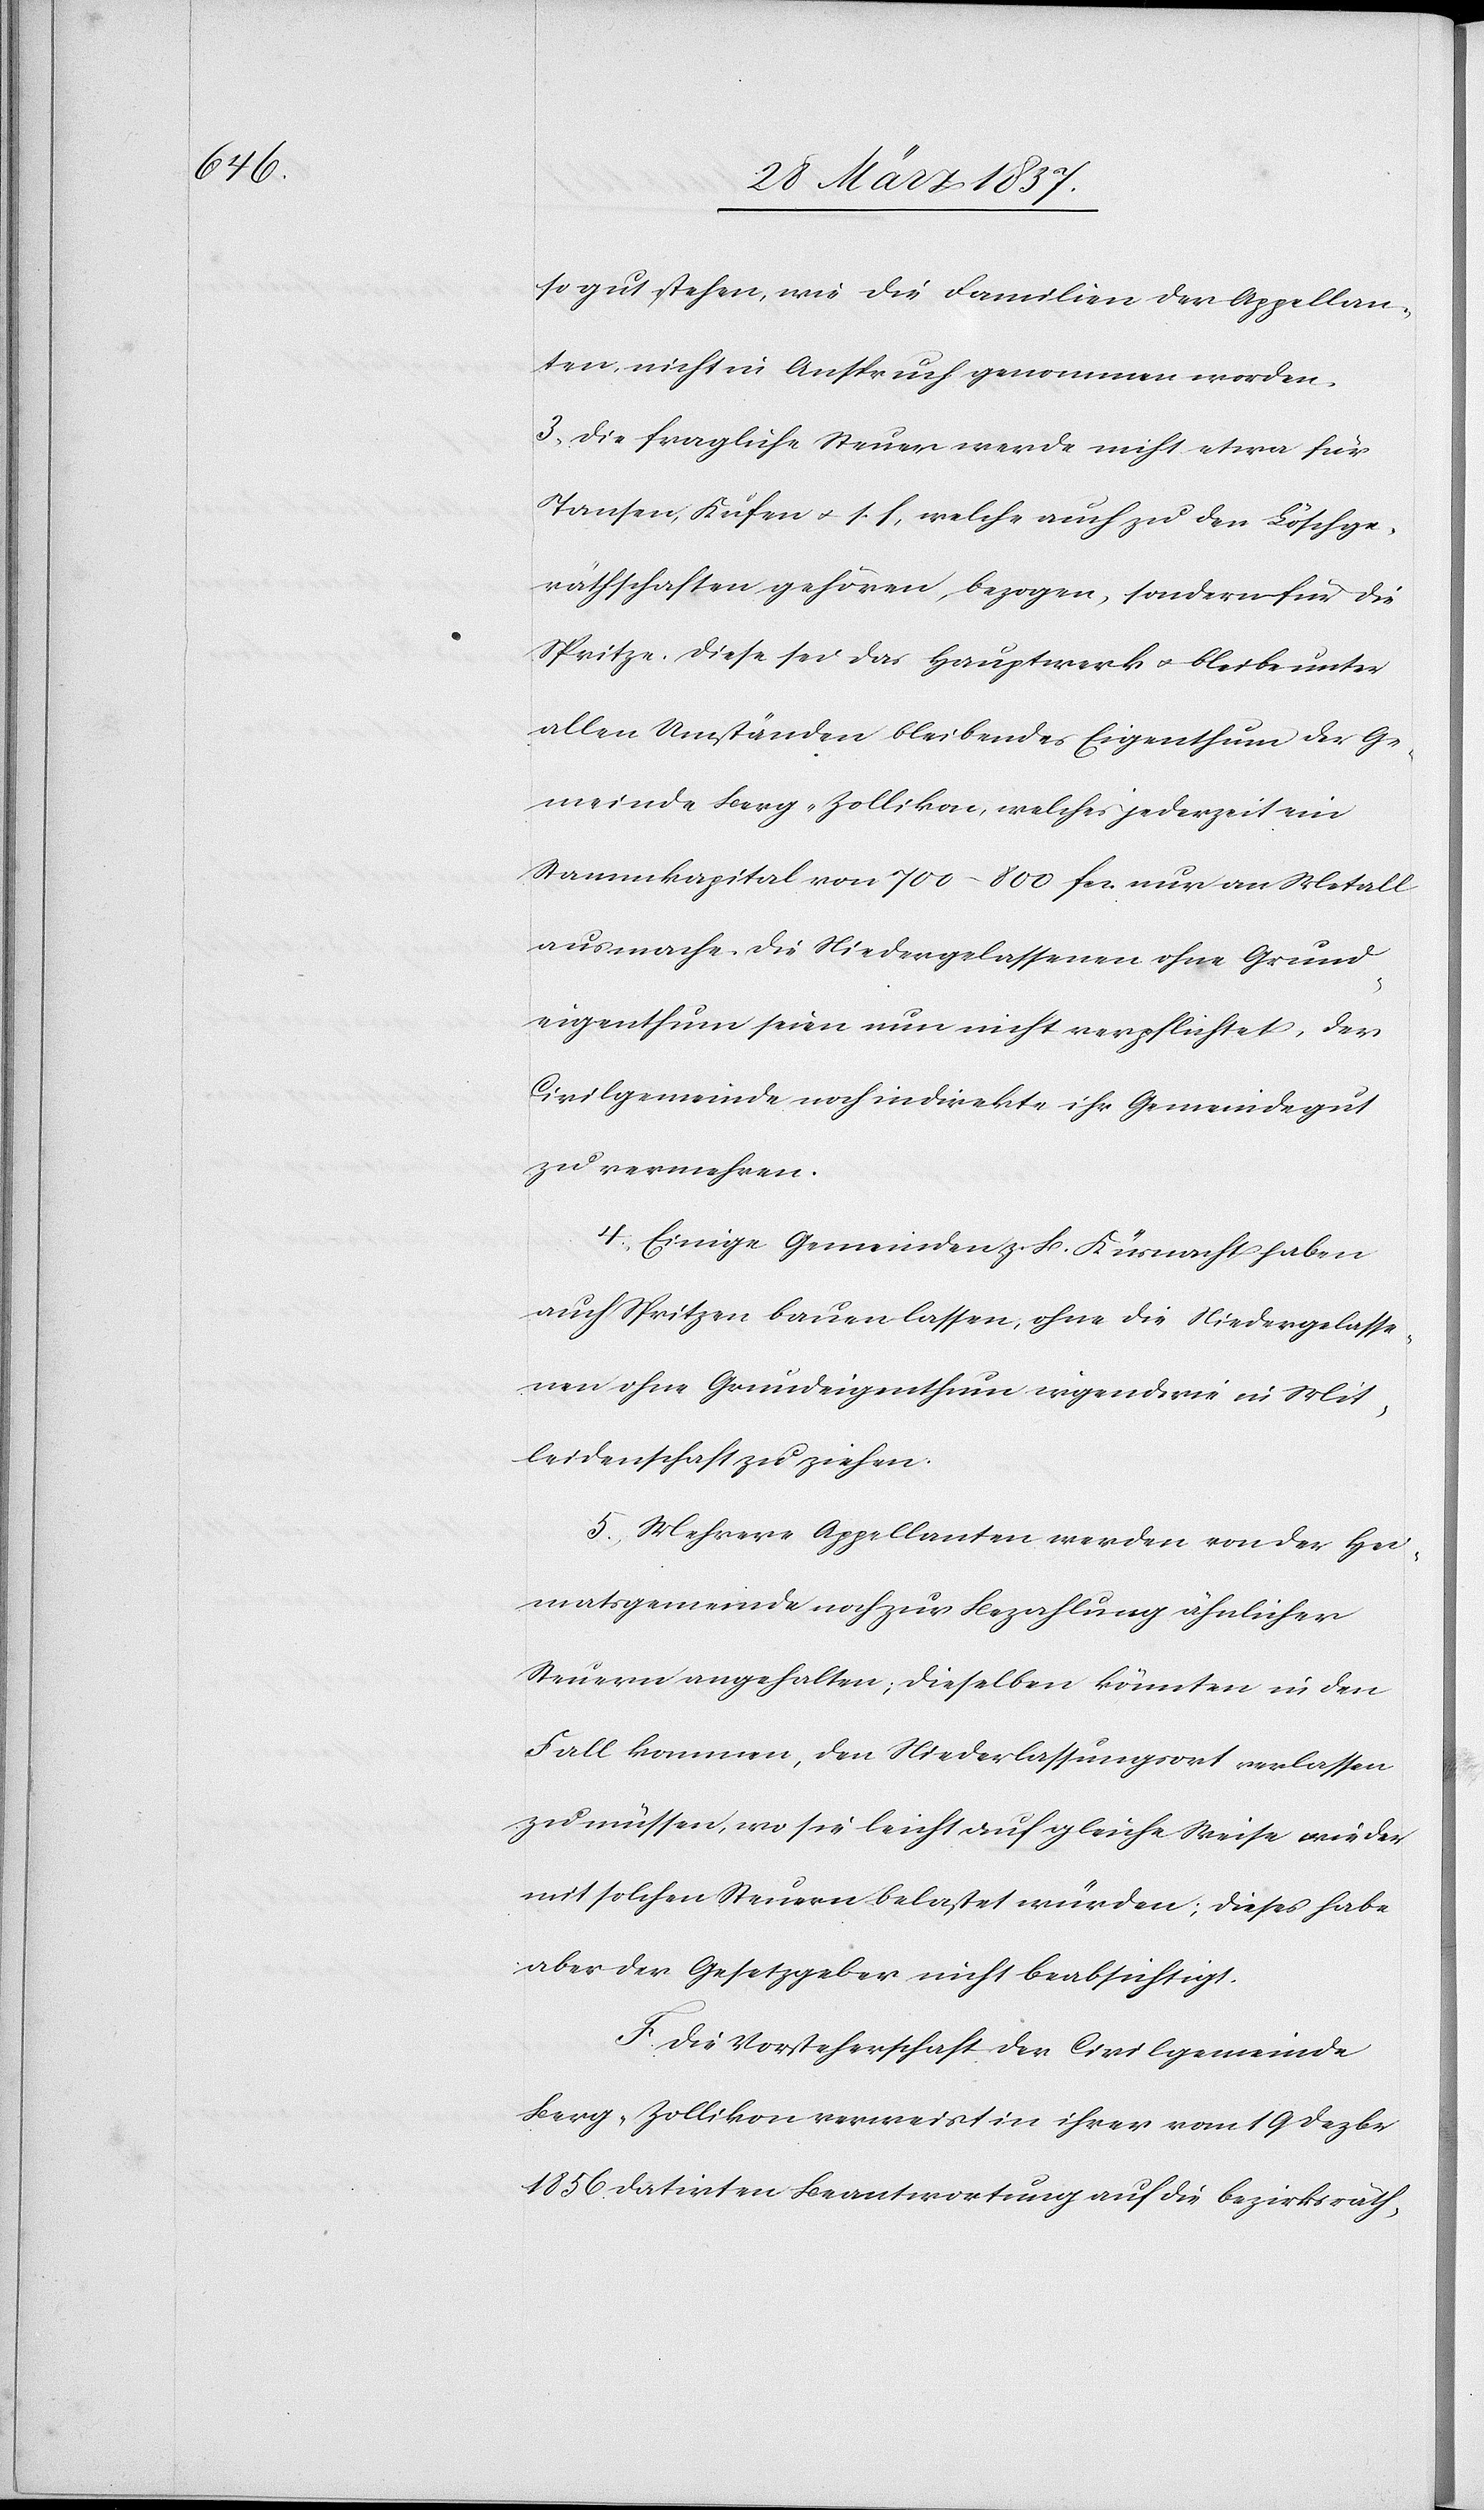
so gut stehen, wie die Familien der Appellan¬
ten, nicht in Anspruch genommen worden.
3. Die fragliche Steuer werde nicht etwa für
Tansen, Kufen u. s. f, welche auch zu den Löschge¬
räthschaften gehören, bezogen, sondern für die
Spritze. Diese sei das Hauptwerk u. bleibe unter
allen Umständen bleibendes Eigenthum der Ge¬
meinde Berg-Zollikon, welches jederzeit ein
Stammkapital von 700–800 fr. nur an Metall
ausmache. Die Niedergelassenen ohne Grund¬
eigenthum seien nun nicht verpflichtet, der
Civilgemeinde noch indirekte ihr Gemeindegut
zu vermehren.
4. Einige Gemeinden z. B. Küsnacht haben
auch Spritzen bauen lassen, ohne die Niedergelasse¬
nen ohne Grundeigenthum irgendwie in Mit¬
leidenschaft zu ziehen.
5. Mehrere Appellanten werden von der Hei¬
matsgemeinde noch zur Bezahlung ähnlicher
Steuern angehalten, dieselben könnten in den
Fall kommen, den Niederlassungsort verlassen
zu müssen, wo sie leicht auf gleiche Weise wieder
mit solchen Steuern belastet würden; dieses habe
aber der Gesetzgeber nicht beabsichtigt.
F. Die Vorsteherschaft der Civilgemeinde
Berg-Zollikon verweist in ihrer vom 19 Dezbr.
1856. datirten Beantwortung auf die bezirksräth-